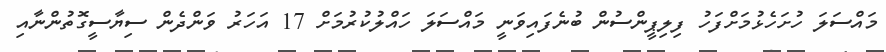
މައްސަލަ ހުށަހެޅުމަށްފަހު ފިލިޕީންސުން ބުނެފައިވަނީ މައްސަލަ ހައްލުކުރުމަށް 17 އަހަރު ވަންދެން ސިޔާސީގޮތުންނާއި